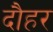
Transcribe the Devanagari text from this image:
दौहर